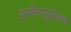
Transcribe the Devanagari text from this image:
इनकैप्सुलेशन